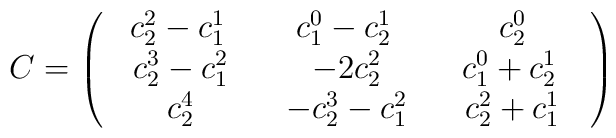
C=\left( \begin{array}{ccc}\begin{array}{c}c_{2}^{2}-c_{1}^{1}\end{array}\, & \begin{array}{c}c_{1}^{0}-c_{2}^{1}\end{array}\, & \begin{array}{c}c_{2}^{0}\end{array}\\ \begin{array}{c}c_{2}^{3}-c_{1}^{2}\end{array}& \begin{array}{c}-2c_{2}^{2}\end{array}& \begin{array}{c}c_{1}^{0}+c_{2}^{1}\end{array}\, \\ \begin{array}{c}c_{2}^{4}\end{array}& \begin{array}{c}-c_{2}^{3}-c_{1}^{2}\end{array}& \begin{array}{c}c_{2}^{2}+c_{1}^{1}\end{array}\end{array}\right)